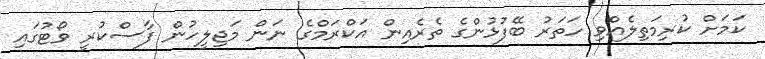
ކަމަށް ކުރިމަތިލެއްވި ހަތަރު ބޭފުޅުންގެ ތެރެއިން އަކްރަމްގެ ނަން މަޖިލީހުން ފާސްކުރީ ވޯޓުގައި